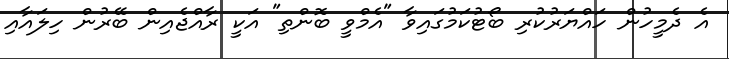
އެ ދެމީހުން ހައްޔަރުކުރި ބޯޓުކަމުގައިވާ "އެމްވީ ބޮންތި" އަކީ ރާއްޖެއިން ބޭރުން ހިލައާއި